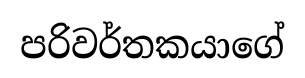
පරිවර්තකයාගේ